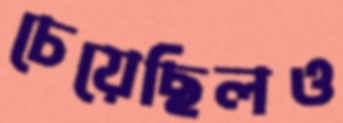
চেয়েছিলও